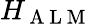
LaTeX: H_{\mathrm{~A~L~M~}}